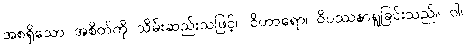
အစရှိသော အစိတ်ကို သိမ်းဆည်းသဖြင့်။ ဝိဟာရော၊ ဝိပဿနာရှုခြင်းသည်။ ဝါ၊